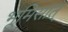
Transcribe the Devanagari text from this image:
भूमिसात्